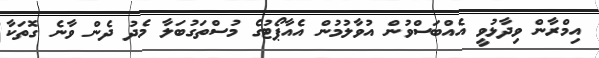
އިމްރާން ވިދާޅުވީ އެއްބަސްވުން އުވާލުމުން އެއާޕޯޓުގެ މުސްތަގުބަލާ މެދު ދެން ވާނެ ގޮތަކާ